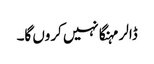
ڈالر مہنگا نہیں کروں گا۔